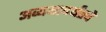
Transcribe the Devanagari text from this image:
अव्ययापर्यंतचे